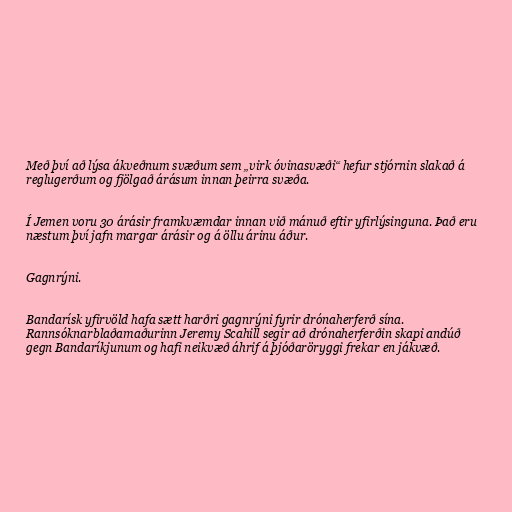
Með því að lýsa ákveðnum svæðum sem „virk óvinasvæði“ hefur stjórnin slakað á
reglugerðum og fjölgað árásum innan þeirra svæða.

Í Jemen voru 30 árásir framkvæmdar innan við mánuð eftir yfirlýsinguna. Það eru
næstum því jafn margar árásir og á öllu árinu áður.

Gagnrýni.

Bandarísk yfirvöld hafa sætt harðri gagnrýni fyrir drónaherferð sína.
Rannsóknarblaðamaðurinn Jeremy Scahill segir að drónaherferðin skapi andúð
gegn Bandaríkjunum og hafi neikvæð áhrif á þjóðaröryggi frekar en jákvæð.